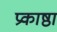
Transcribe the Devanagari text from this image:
प्रकाष्ठा